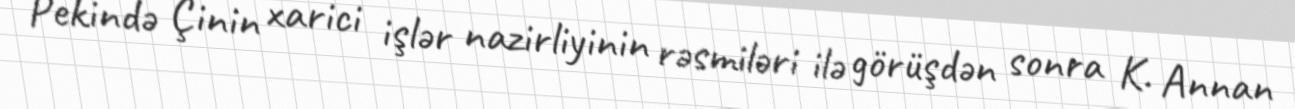
Pekində Çinin xarici işlər nazirliyinin rəsmiləri ilə görüşdən sonra K. Annan